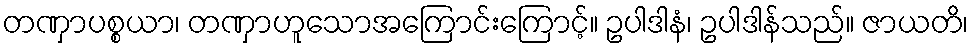
တဏှာပစ္စယာ၊ တဏှာဟူသောအကြောင်းကြောင့်။ ဥပါဒါနံ၊ ဥပါဒါန်သည်။ ဇာယတိ၊